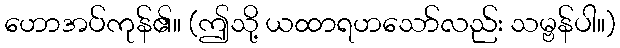
ဟောအပ်ကုန်၏။ (ဤသို့ ယထာရဟသော်လည်း သမ္ဗန်ပါ။)